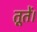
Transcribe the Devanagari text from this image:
तूतें।